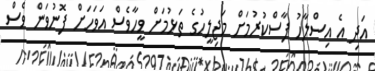
އަދި އެ އިސްލާހު ފާސްކުރުމަށް މަޖިލީހުގެ ތަޅުމަށް ވީހާވެސް އަވަހަށް ފޮނުވަން ވެސް